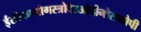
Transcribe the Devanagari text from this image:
ईसोफागोगस्त्रोदेउओदीनोसकोपी